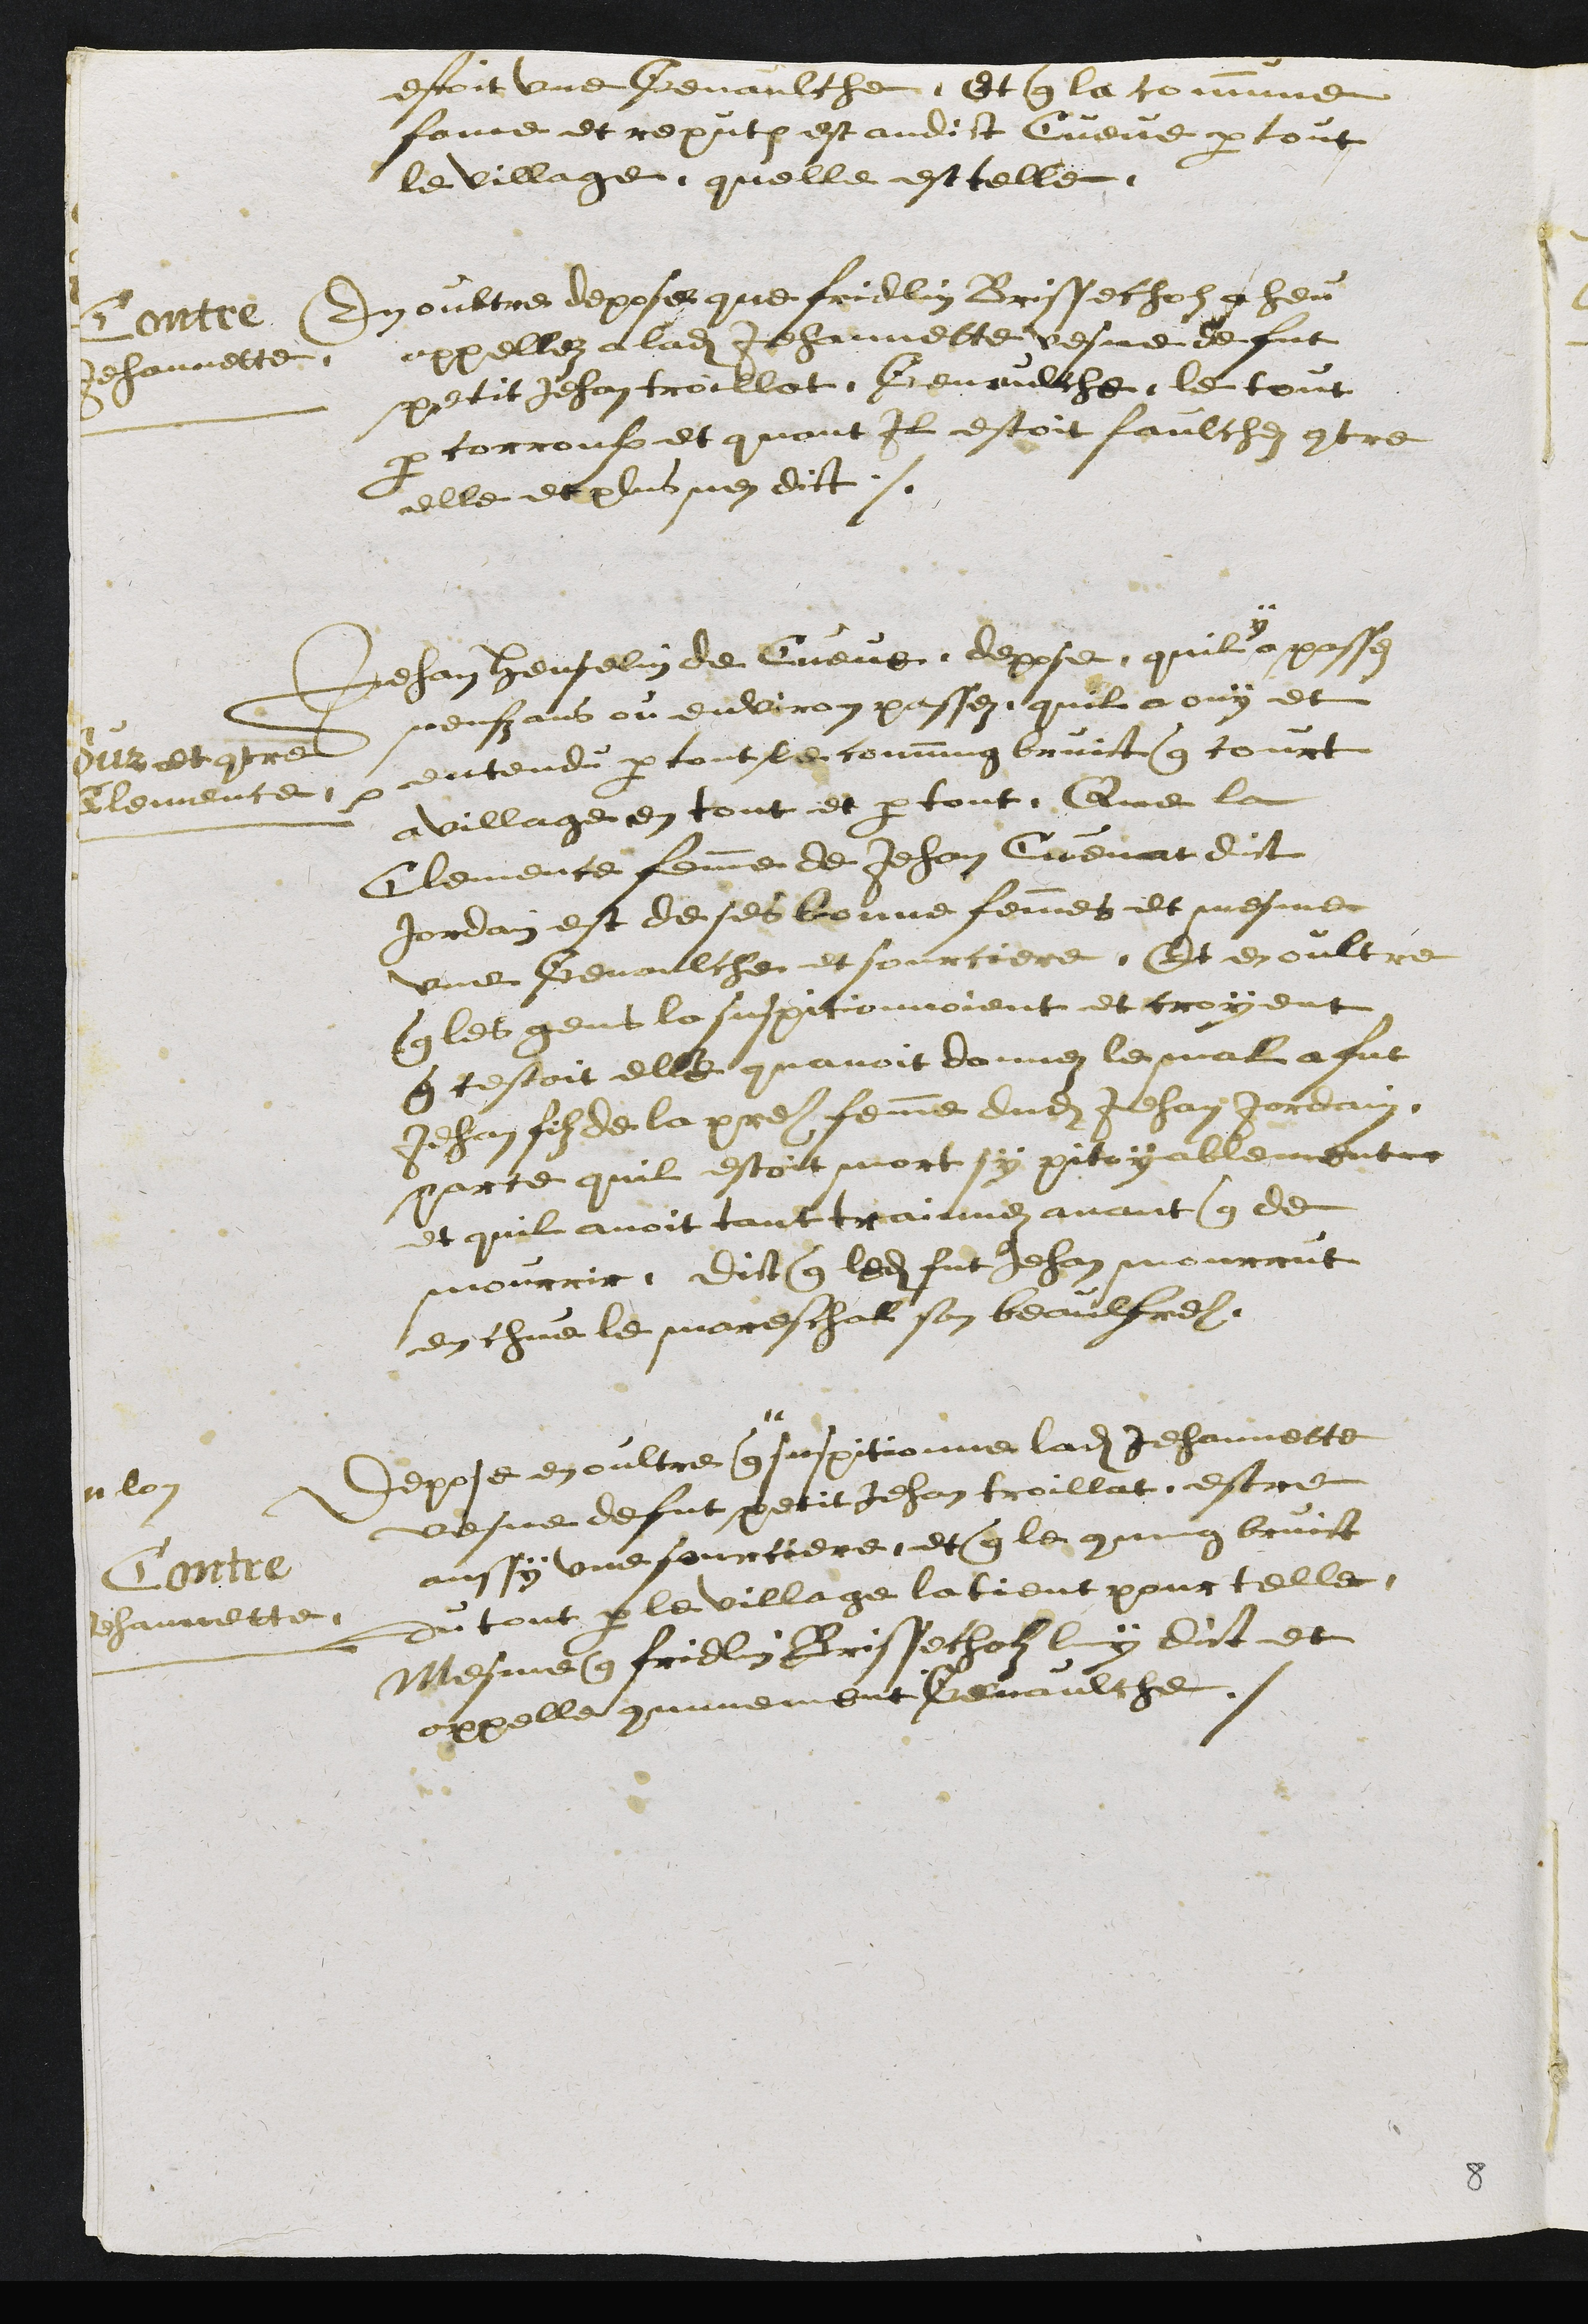
estoit une Genaulche et que la commune
fame et reput est audict Cueve par tout
le village quelle est telle
Contre
Jehannette.
En oultre depose que frielin Brissechol a heu
appellez a ladite Jehannette vesve de fut
petit Jehan troillat, Genaulche, le tout
par corrouse et quant il estoit faulchez contre
elle et plus nen dict.
Sur et contre
Clemence.
Jehan Henselin de Cueve depose, quil
y
a passez
neufz ans ou environ passez, quil a ouy et
entendu par tout le commung bruict que court
a village en tout et par tout, Que la
Clemence femme de Jehan Cuenat dict
Jordain est de ses bonne femmes et mesme
une Genaulche et sourciere, Et en oultre
que les gens la suspitionnoient et croyent
que cestoit elle que quavoit donnez le mal a fut
Jehan filz de la pre femme dudit Jehan Jordain
parce quil estoit mort sy pitoyablement
et quil avoit tant trainnez avant que de
mourrir, Dict que ledit fut Jehan mourrut
en chue le mareschal son beaulfrere.
Contre
Jehannette
depose en oultre que
# lon
suspitionne ladite Jehannette
vesve de fut petit Jehan troillat, estre
aussy une sourciere, et que le commung bruict
du tout par le village la tient pour telle
mesme que Fridlin Brissecholz luy dict et
appelle communement Genaulche
8